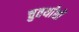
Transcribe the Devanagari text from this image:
चुतर्थांशों